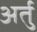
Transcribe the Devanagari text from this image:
अर्तु